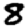
Digit: 8